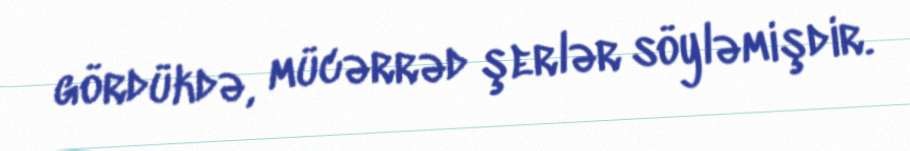
gördükdə, mücərrəd şerlər söyləmişdir.